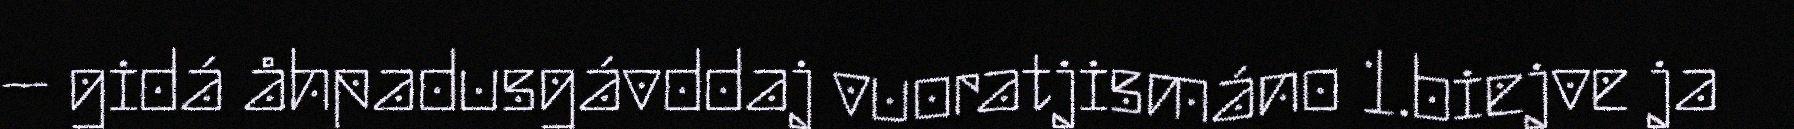
– gidá åhpadusgávddaj vuoratjismáno 1.biejve ja